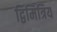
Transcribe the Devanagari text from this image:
द्विमित्रिय